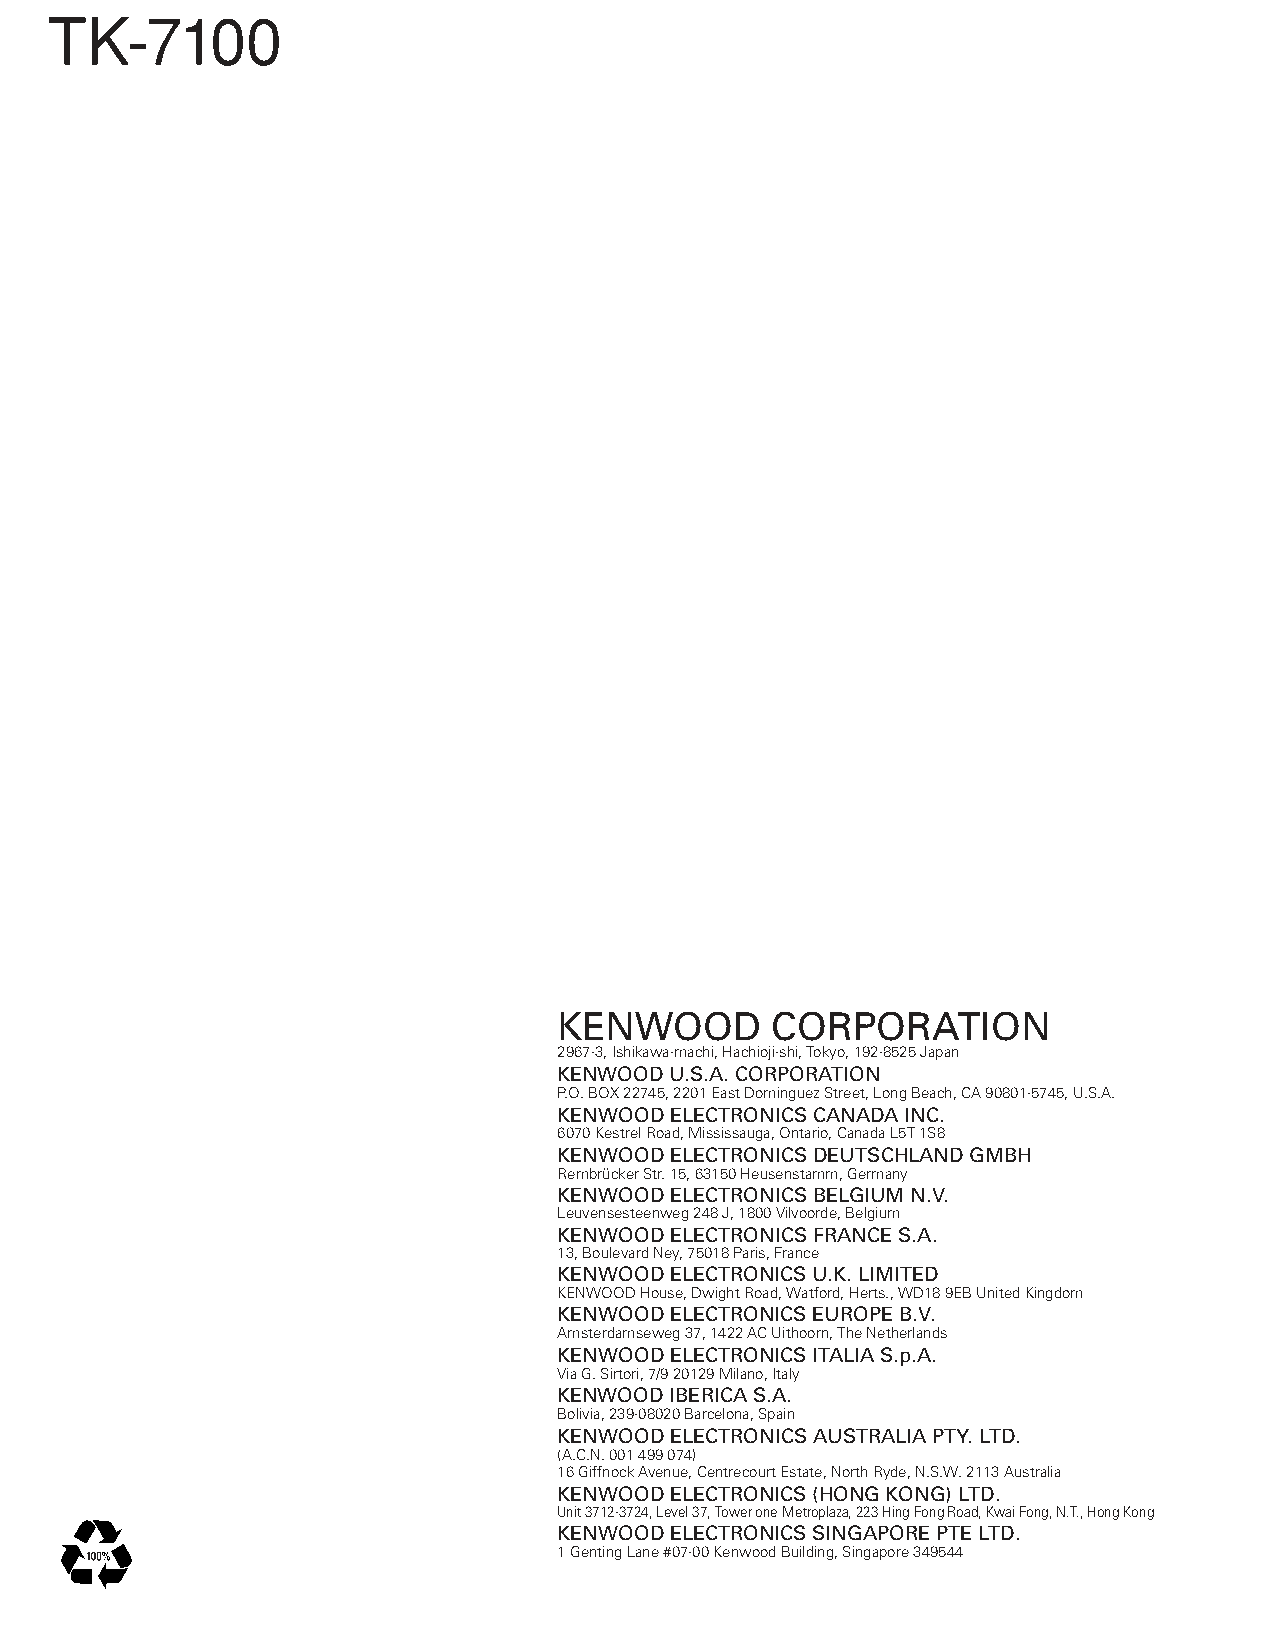
TK-7100
 KENWOOD       CORPORATION
 2967-3, Ishikawa-machi, Hachioji-shi, Tokyo, 192-8525 Japan
 KENWOOD U.S.A. CORPORATION
 P.O. BOX 22745, 2201 East Dominguez Street, Long Beach, CA 90801-5745, U.S.A.
 KENWOOD ELECTRONICS CANADA INC.
 6070 Kestrel Road, Mississauga, Ontario, Canada L5T 1S8
 KENWOOD ELECTRONICS DEUTSCHLAND GMBH
 Rembrücker Str. 15, 63150 Heusenstamm, Germany
 KENWOOD ELECTRONICS BELGIUM N.V.
 Leuvensesteenweg 248 J, 1800 Vilvoorde, Belgium
 KENWOOD ELECTRONICS FRANCE S.A.
 13, Boulevard Ney, 75018 Paris, France
 KENWOOD ELECTRONICS U.K. LIMITED
 KENWOOD House, Dwight Road, Watford, Herts., WD18 9EB United Kingdom
 KENWOOD ELECTRONICS EUROPE B.V.
 Amsterdamseweg 37, 1422 AC Uithoorn, The Netherlands
 KENWOOD ELECTRONICS ITALIA S.p.A.
 Via G. Sirtori, 7/9 20129 Milano, Italy
 KENWOOD IBERICA S.A.
 Bolivia, 239-08020 Barcelona, Spain
 KENWOOD ELECTRONICS AUSTRALIA PTY. LTD.
 (A.C.N. 001 499 074)
 16 Giffnock Avenue, Centrecourt Estate, North Ryde, N.S.W. 2113 Australia
 KENWOOD ELECTRONICS (HONG KONG) LTD.
 Unit 3712-3724, Level 37, Tower one Metroplaza, 223 Hing Fong Road, Kwai Fong, N.T., Hong Kong
 KENWOOD ELECTRONICS SINGAPORE PTE LTD.
 1 Genting Lane #07-00 Kenwood Building, Singapore 349544